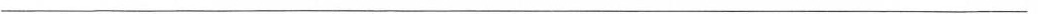
___